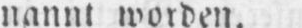
nannt worden.